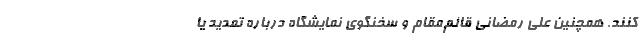
کنند. همچنین علی رمضانی قائم‌مقام و سخنگوی نمایشگاه درباره تمدید یا